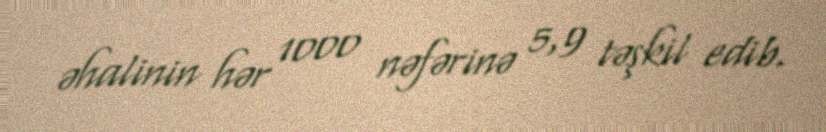
əhalinin hər 1000 nəfərinə 5,9 təşkil edib.